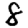
Digit: 8